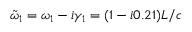
\tilde { \omega } _ { 1 } = \omega _ { 1 } - i \gamma _ { 1 } = ( 1 - i 0 . 2 1 ) L / c